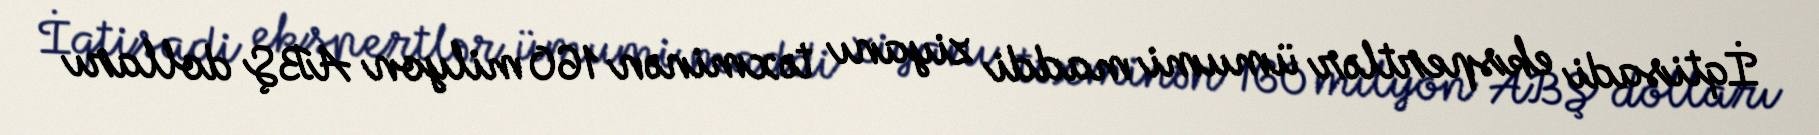
İqtisadi ekspertlər ümumi maddi ziyanı təxminən 160 milyon ABŞ dolları